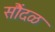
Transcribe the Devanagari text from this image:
सौंदळ